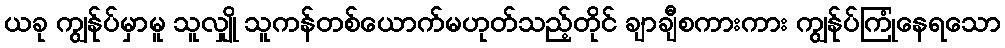
ယခု ကျွန်ုပ်မှာမူ သူလျှို သူကန်တစ်ယောက်မဟုတ်သည့်တိုင် ချာချီစကားကား ကျွန်ုပ်ကြုံနေရသော